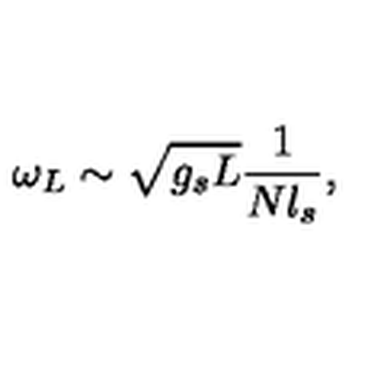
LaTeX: \omega _ { L } \sim \sqrt { g _ { s } L } { \frac { 1 } { N l _ { s } } } ,